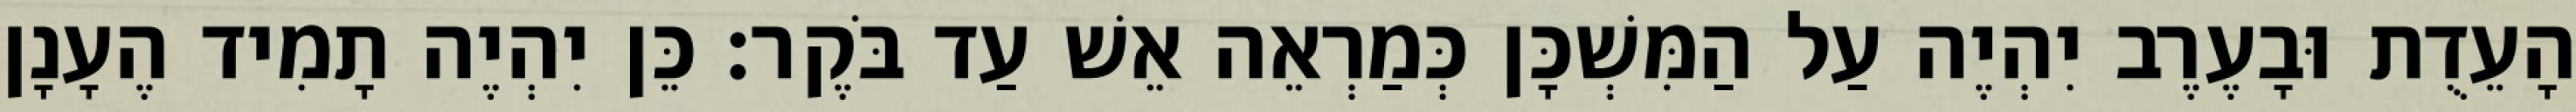
הָעֵדֻת וּבָעֶרֶב יִהְיֶה עַל הַמִּשְׁכָּן כְּמַרְאֵה אֵשׁ עַד בֹּקֶר׃ כֵּן יִהְיֶה תָמִיד הֶעָנָן